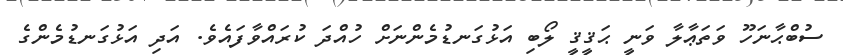
ސުބްޙާނަހޫ ވަތަޢާލާ ވަނީ ޙަޤީޤީ ލޯބި އަޅުގަނޑުމެންނަށް ހުއްދަ ކުރައްވާފައެވެ. އަދި އަޅުގަނޑުމެންގެ